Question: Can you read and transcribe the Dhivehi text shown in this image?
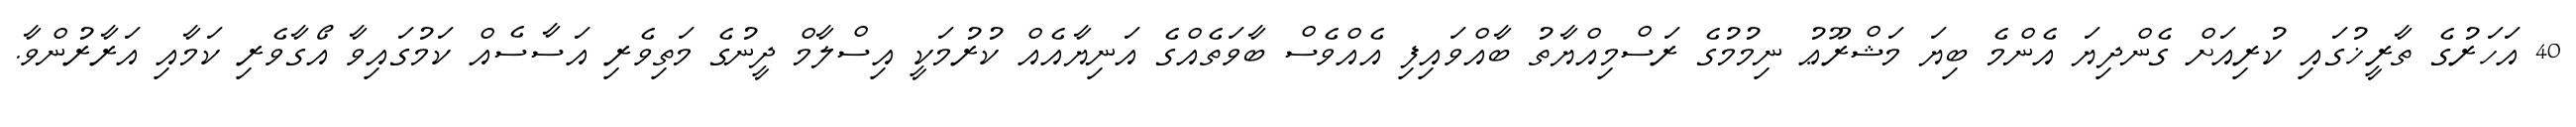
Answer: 40 އަހަރުގެ ތާރީޚުގައި ކުރިއަށް ގެންދިޔަ އެންމެ ބިޔަ މަޝްރޫޢު ނިމުމުގެ ރަސްމިއްޔާތު ބާއްވައިފި އެއްވެސް ބާވަތެއްގެ އަނިޔާއެއް ކުރުމަކީ އިސްލާމް ދީނުގެ މަތިވެރި އަސާސެއް ކަމުގައިވާ އޯގާވެރި ކަމާއި އަރާރުންވާ.